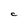
Character: C